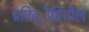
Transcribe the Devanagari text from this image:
प्रतिद्ीप्तिशील